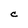
Character: C